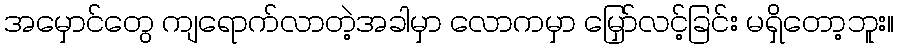
အမှောင်တွေ ကျရောက်လာတဲ့အခါမှာ လောကမှာ မြှော်လင့်ခြင်း မရှိတော့ဘူး။